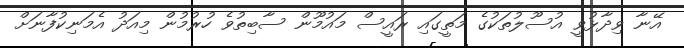
އޭނާ ވިދާޅުވީ އުސޫލުތަކުގެ މަތީގައި ރައީސް މައުމޫން ސާބިތުވެ ހުރުމުން މިއަދު އެމަނިކުފާނަށް